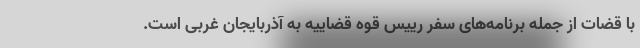
با قضات از جمله برنامه‌های سفر رییس قوه قضاییه به آذربایجان غربی است.